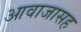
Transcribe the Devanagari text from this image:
आवाजासह